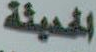
الحديثة